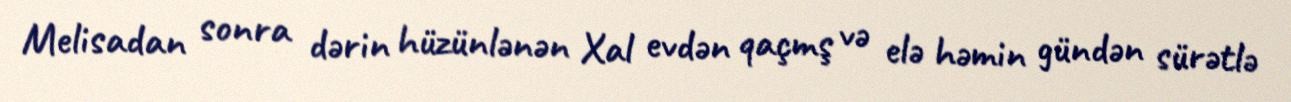
Melisadan sonra dərin hüzünlənən Xal evdən qaçmş və elə həmin gündən sürətlə